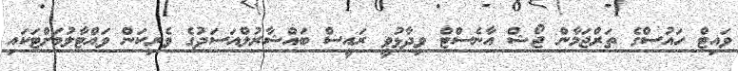
ވައިޓް ހައުސްގެ ތަރްޖަމާން ޖޯޝް އާނެސްޓް ވިދާޅުވީ ރައީސް ބައްޝާރުލްއަސަދުގެ ވެރިކަން ވައްޓާލުމަށްޓަކައި